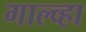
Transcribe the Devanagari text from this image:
गाल्व्हा